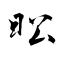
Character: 昖